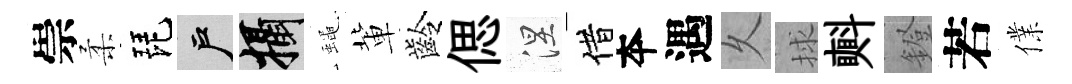
崇柔琵户攝蠅軰齡偲涅借夲遇乆捄㪺鐙若㒒